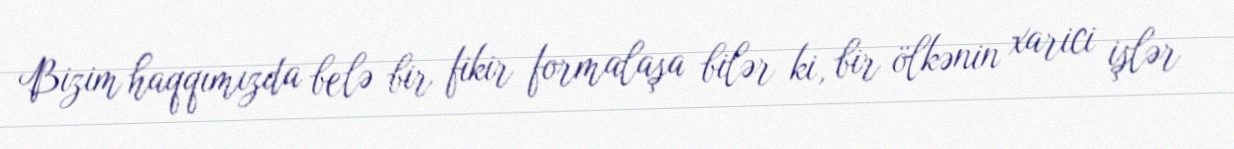
Bizim haqqımızda belə bir fikir formalaşa bilər ki, bir ölkənin xarici işlər